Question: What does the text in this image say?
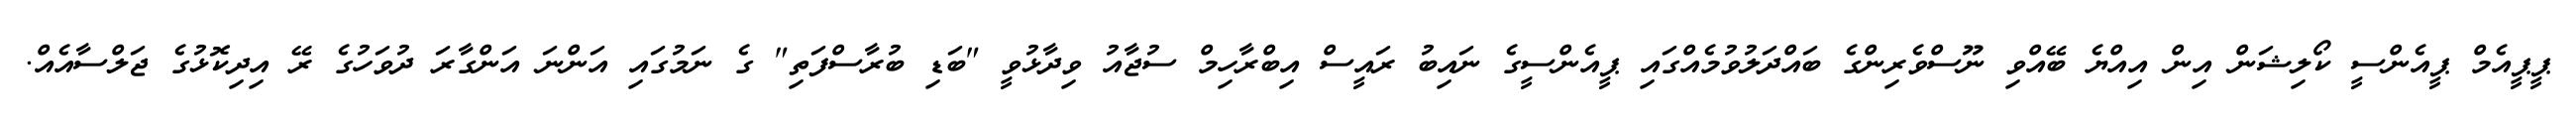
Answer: ޕީޕީއެމް ޕީއެންސީ ކޯލިޝަން އިން އިއްޔެ ބޭއްވި ނޫސްވެރިންގެ ބައްދަލުވުމެއްގައި ޕީއެންސީގެ ނައިބު ރައީސް އިބްރާހިމް ސުޖާއު ވިދާޅުވީ "ބަޑި ބުރާސްފަތި" ގެ ނަމުގައި އަންނަ އަންގާރަ ދުވަހުގެ ރޭ އިދިކޮޅުގެ ޖަލްސާއެއް.